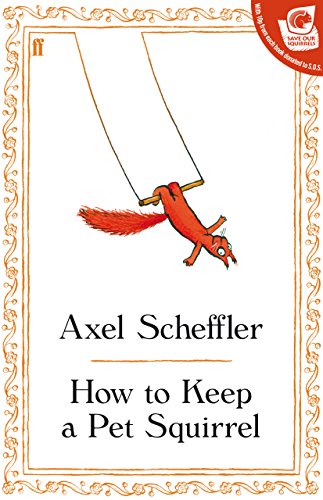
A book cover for How to Keep a Pet Squirrel; Scheffler; Crafts, Hobbies & Home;